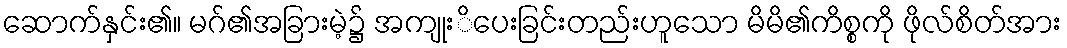
ဆောက်နှင်း၏။ မဂ်၏အခြားမဲ့၌ အကျုးိပေးခြင်းတည်းဟူသော မိမိ၏ကိစ္စကို ဖိုလ်စိတ်အား